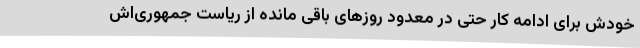
خودش برای ادامه کار حتی در معدود روزهای باقی مانده از ریاست جمهوری‌اش